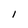
Character: I